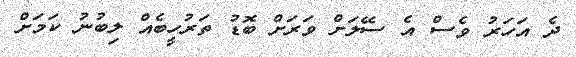
ދެ އަހަރު ވެސް އެ ސޭލަށް ވަރަށް ބޮޑު ތަރުހީބެއް ލިބުނު ކަމަށް